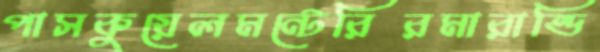
পাসকুয়েলমন্টেরিরমারান্ডি